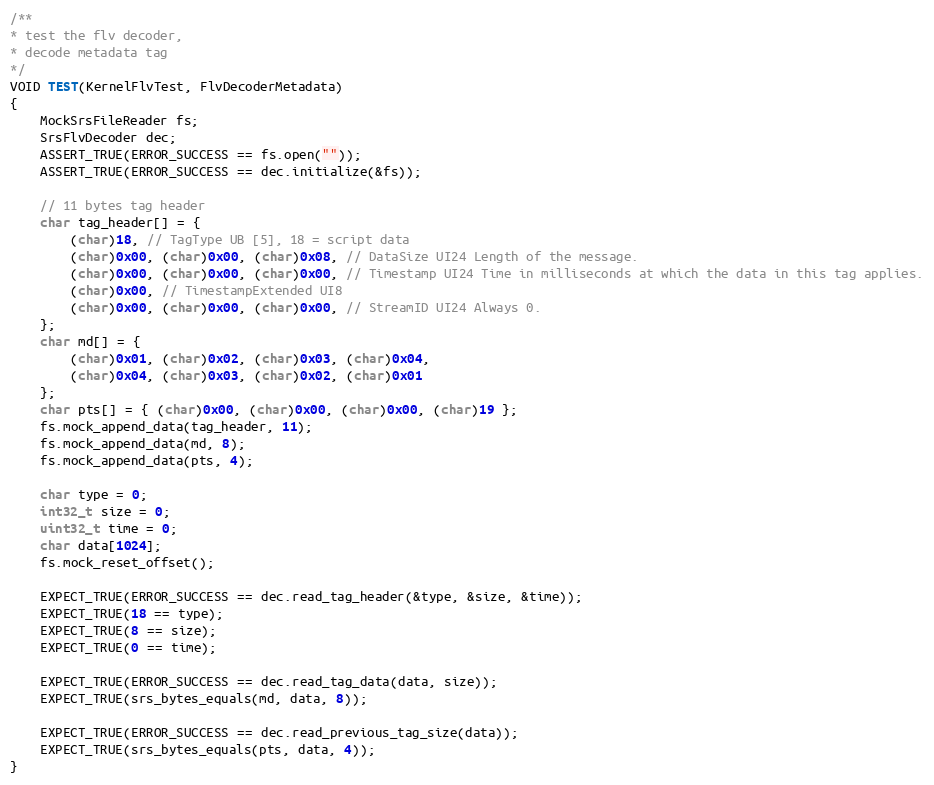
Language: C++
/**
* test the flv decoder,
* decode metadata tag
*/
VOID TEST(KernelFlvTest, FlvDecoderMetadata)
{
    MockSrsFileReader fs;
    SrsFlvDecoder dec;
    ASSERT_TRUE(ERROR_SUCCESS == fs.open(""));
    ASSERT_TRUE(ERROR_SUCCESS == dec.initialize(&fs));

    // 11 bytes tag header
    char tag_header[] = {
        (char)18, // TagType UB [5], 18 = script data
        (char)0x00, (char)0x00, (char)0x08, // DataSize UI24 Length of the message.
        (char)0x00, (char)0x00, (char)0x00, // Timestamp UI24 Time in milliseconds at which the data in this tag applies.
        (char)0x00, // TimestampExtended UI8
        (char)0x00, (char)0x00, (char)0x00, // StreamID UI24 Always 0.
    };
    char md[] = {
        (char)0x01, (char)0x02, (char)0x03, (char)0x04,
        (char)0x04, (char)0x03, (char)0x02, (char)0x01
    };
    char pts[] = { (char)0x00, (char)0x00, (char)0x00, (char)19 };
    fs.mock_append_data(tag_header, 11);
    fs.mock_append_data(md, 8);
    fs.mock_append_data(pts, 4);

    char type = 0;
    int32_t size = 0;
    uint32_t time = 0;
    char data[1024];
    fs.mock_reset_offset();

    EXPECT_TRUE(ERROR_SUCCESS == dec.read_tag_header(&type, &size, &time));
    EXPECT_TRUE(18 == type);
    EXPECT_TRUE(8 == size);
    EXPECT_TRUE(0 == time);

    EXPECT_TRUE(ERROR_SUCCESS == dec.read_tag_data(data, size));
    EXPECT_TRUE(srs_bytes_equals(md, data, 8));

    EXPECT_TRUE(ERROR_SUCCESS == dec.read_previous_tag_size(data));
    EXPECT_TRUE(srs_bytes_equals(pts, data, 4));
}